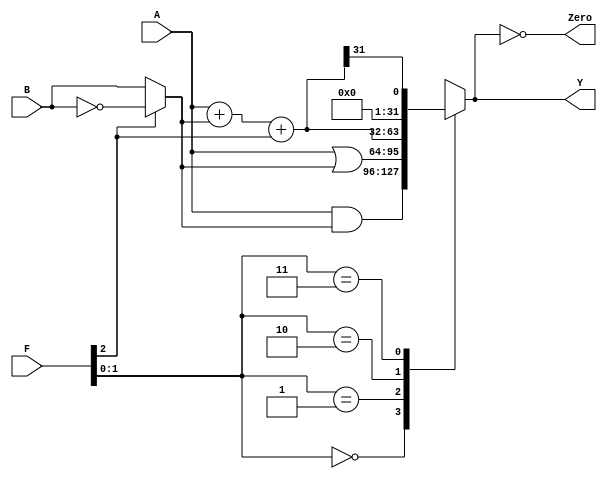
module alu( input [31:0] A, B, input [2:0] F,
            output reg [31:0] Y,
            output Zero);
 
    wire [31:0] S, Bout;
    
    assign Bout = F[2] ? ~B : B;
    assign S = A + Bout + F[2];

    always @ (*)
        case (F[1:0])
        2'b00: Y <= A & Bout;
        2'b01: Y <= A | Bout;
        2'b10: Y <= S;
        2'b11: Y <= S[31];
    endcase
    
    assign Zero = (Y == 32'b0);
endmodule